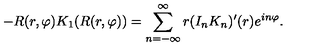
- R ( r , \varphi ) K _ { 1 } ( R ( r , \varphi ) ) = \sum _ { n = - \infty } ^ { \infty } r ( I _ { n } K _ { n } ) ^ { \prime } ( r ) e ^ { i n \varphi } .